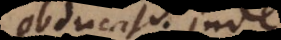
obducat. Inde